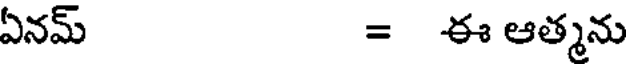
ఏనమ్ = ఈ ఆత్మను